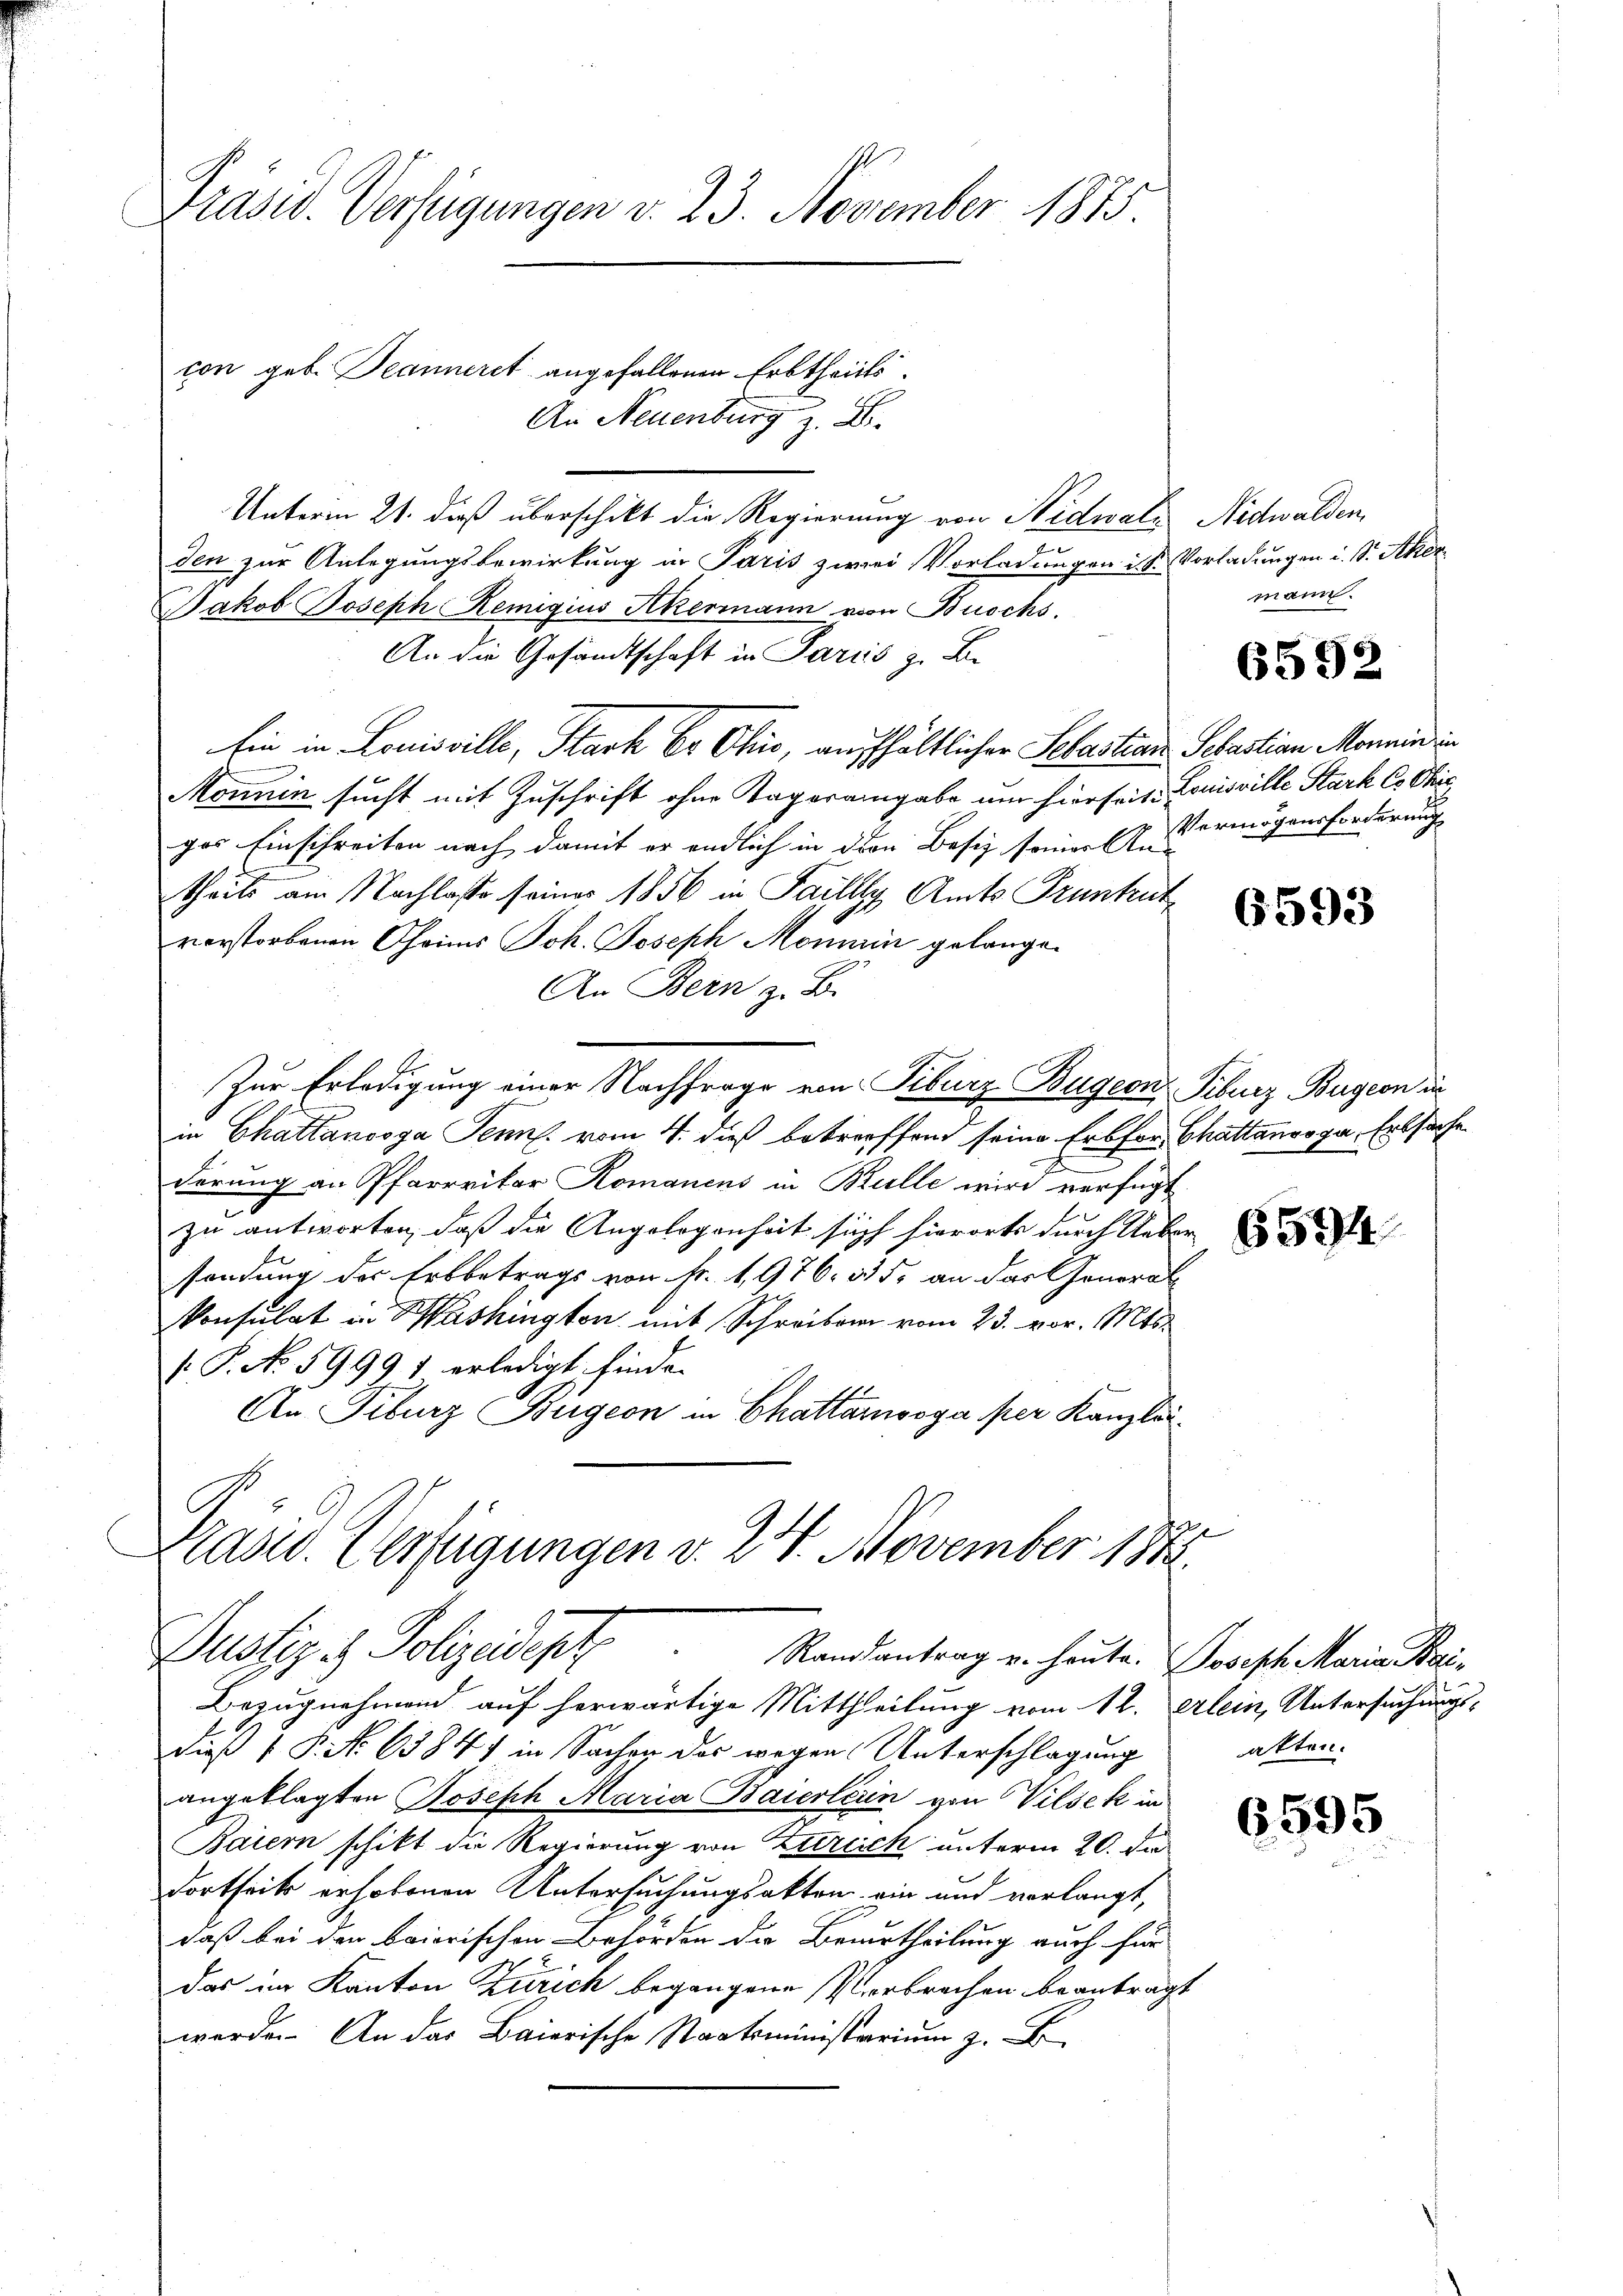
Präsid. Verfügungen v. 23. November 1875.

con geb. Beanneret angefallenen Erbtheils.
An Neuenburg z. B.
Unterm 21. dieß überschikt die Regierung von Nidwalz, Nidwalden,
den zur Anlegungsbewirkung in Paris zwei Vorladungen ist. Vorladungen i. S. Scher
Jakob Joseph Remigius Akermann von Buochs.
An die Gesandtschaft in Pariis z. B.
Ein in Louisville, Stark br Ohio, aufhältlicher Sebastian Sebastian Mannin in
Monnin sucht mit Zuschrift ohne Tagarangabe um hierseit Louisville Stark Co Chic
ges Einschreiten nach damit er endlich in den Besiz seiner An-
theils am Nachlasse seiner 1856 in Failly Amts Trunkentverstorbenen Chrims Joh. Joseph Momain gelange¬
An Bern z. B.
Zur Erledigung einer Nachfrage von Piburg Bügeon, Piburz Bügeon in
in Chattanosga Senf. vom 4. dieß betreffend seine Erbfor Chattenvoga, Erbsache
derung an Pfarrritor Romanens in Bulle wird verfügt
zu antworten, daß die Angelegenheit sich hierorts durch Ueber
sendung des Erbbetrags von Fr. 1,976. 335. an das General-
konsulat in Washington mit Schreiben vom 23. vor. Mts.
.P. No. 59991 erledigt, finde.
An Tiburg Bügeon in Chattamvoga per Kanzlei¬
Präsid. Verfügungen v. 24. November 1873.

Bezugnehmend auf herwärtige Mittheilung vom 12. Klein, Untersuchungs-
dieß 1 P. No 6384) in Sachen das wegen Unterschlagung
angeklagten Joseph Maria Baierterin von Vilsek in
Baiern schikt die Regierung von Zuriick unterm 20. di
dortseits erhobenen Untersuchungsakten ein und verlangt,
daß bei den baierischen Behörden die Berurtheilung auch für
das im Kanton Zürich begangene Verbrechen beantragt
werden. An das Baierische Staatsministarium z. B

Justiz & Polizeidept
Randantrag u. heute. Joseph Maria Kai¬

mann.

6592

Vermögensforderung

6593

6594

akten.

6595